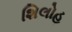
શિલોહ